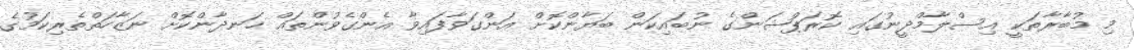
މި މުބާރާތަކީ އިސްލާމްދީނުގައި ކޮރަޕްޝަންގެ ނުބައިކަން ބަޔާންކޮށް އަންގަވާފައިވާ އެންގެވުންތައް ހަނދާންކޮށް ނަޒާހަތްތެރިކަމުގެ